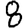
Digit: 8